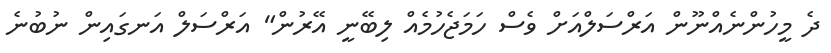
ދެ މީހުންނެއްނޫން އަރްސަލްއަށް ވެސް ހަމަޖެހުމެއް ލިބޭނީ އޭރުން" އަރްސަލް އަނގައިން ނުބުނެ